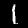
Digit: 1